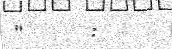
"     :